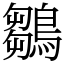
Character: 鶵